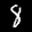
Label: 8